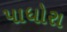
પાધોરા